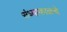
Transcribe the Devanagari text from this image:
संध्याकाळचे